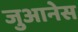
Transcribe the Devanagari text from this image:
जुआनेस